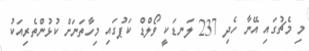
މި މެޗުގައި އޭނާ ހެދި 237 ލަނޑަކީ ވޯލްޑް ކަޕުގައި މިހާތަނަށް ކުޅުންތެރިއަކު